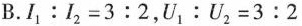
B.$$I _ { 1 } : I _ { 2 } = 3 : 2$$，$$U _ { 1 } : U _ { 2 } = 3 : 2$$